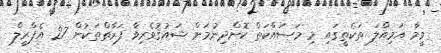
ވީމާ އަމިއްލަ ތަކެތީގައި މި މަސައްކަތް ކޮށްދިނުމަށް ޝައުޤުވެރިވާ ފަރާތްތަކުން 27 އެޕްރީލް